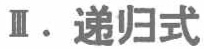
Ⅲ. 递归式